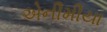
એનીમીયા